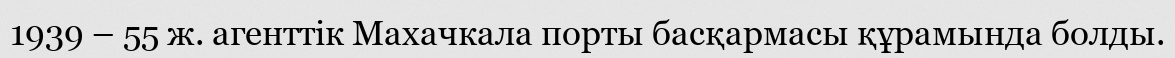
1939 – 55 ж. агенттік Махачкала порты басқармасы құрамында болды.